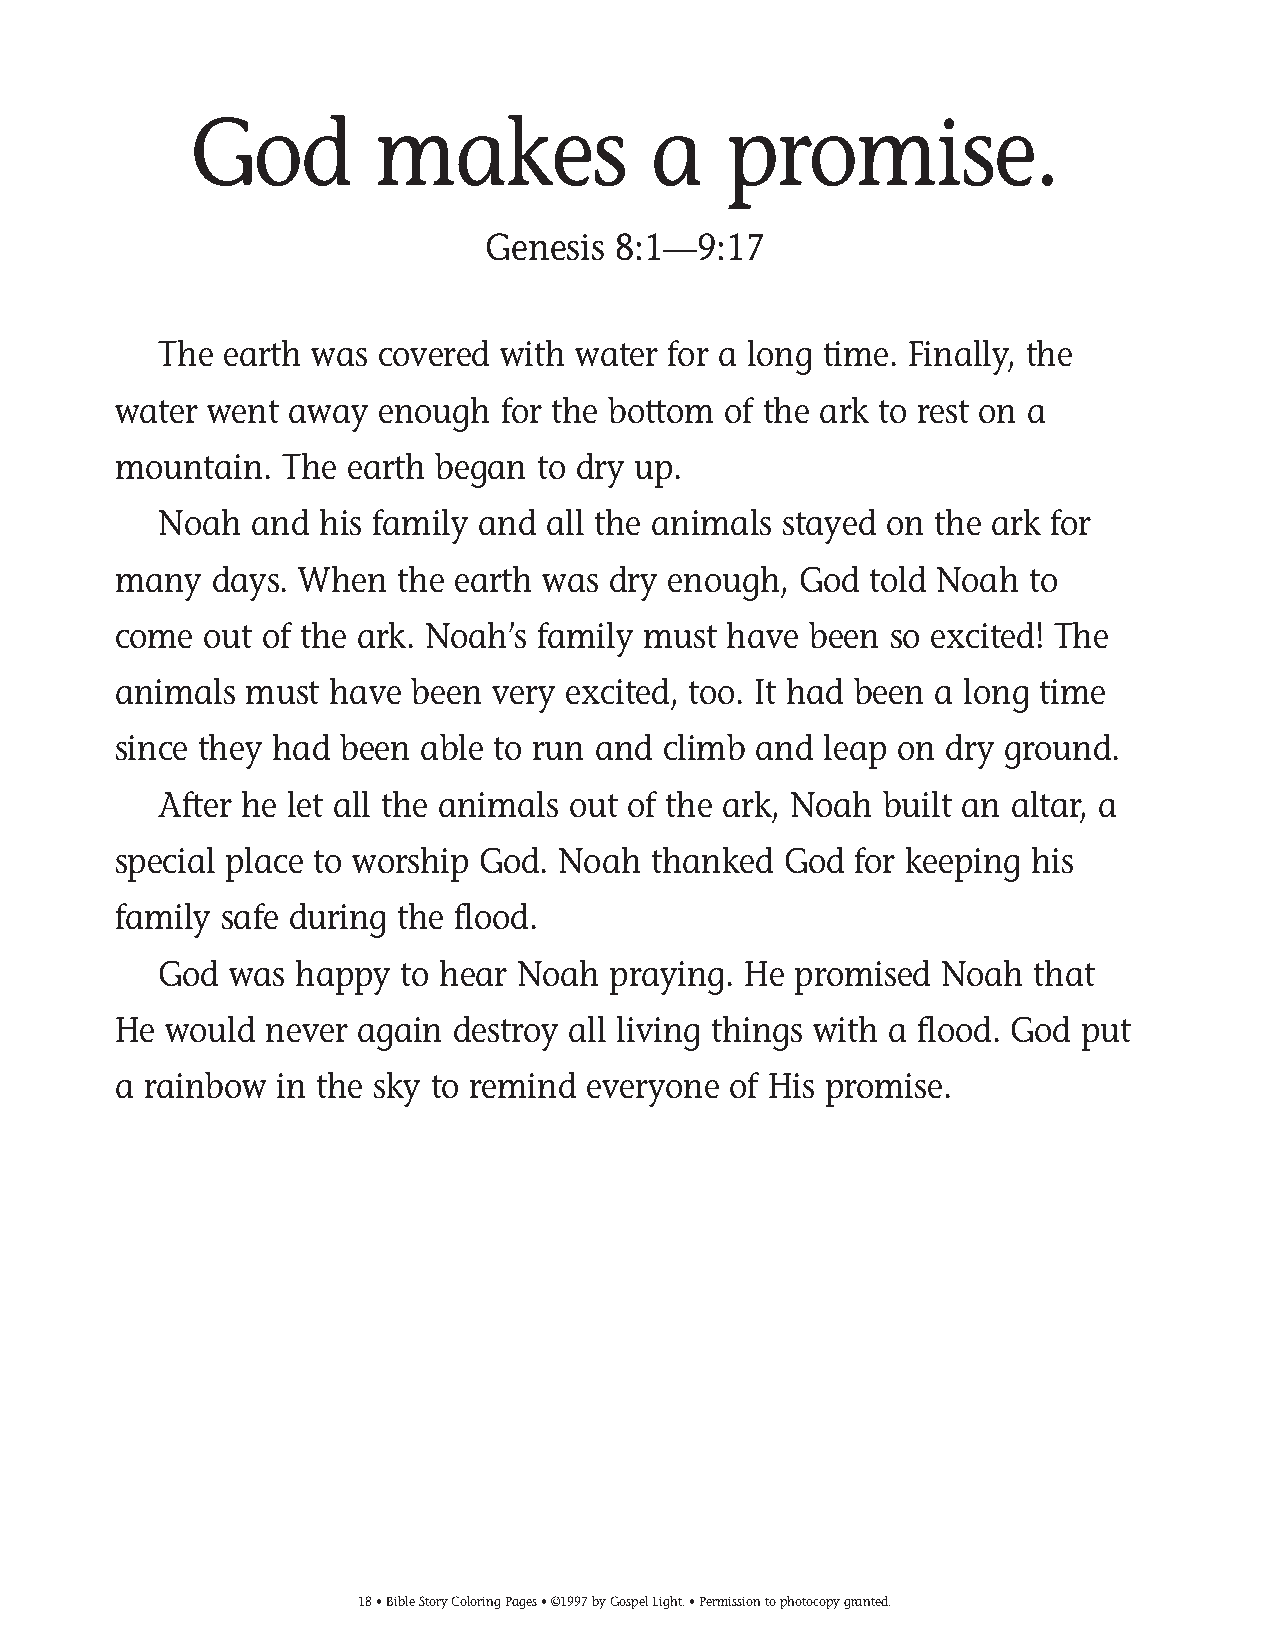
009-34 Coloring pgs_009-34 Coloring pgs 2/19/14 11:44 AM Page 18
 God         makes              a    promise.
 Genesis 8:1—9:17
 The earth was covered  with water for a long time. Finally, the
 water went  away enough   for the bottom of the ark to rest on a
 mountain.  The earth began  to dry up.
 Noah  and  his family and all the animals stayed on the ark for
 many  days. When   the earth was dry enough, God  told Noah  to
 come  out of the ark. Noah’s family must have been so excited! The
 animals  must have  been very excited, too. It had been a long time
 since they had been able to run and climb and  leap on dry ground.
 After he let all the animals out of the ark, Noah built an altar, a
 special place to worship God. Noah  thanked God  for keeping his
 family safe during the flood.
 God  was happy  to hear Noah  praying. He promised  Noah  that
 He would  never again destroy all living things with a flood. God put
 a rainbow  in the sky to remind everyone of His promise.
 18• Bible Story Coloring Pages • ©1997 by Gospel Light. • Permission to photocopy granted.